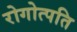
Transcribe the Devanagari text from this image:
रोगोत्पति